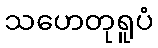
သဟေတုရူပံ